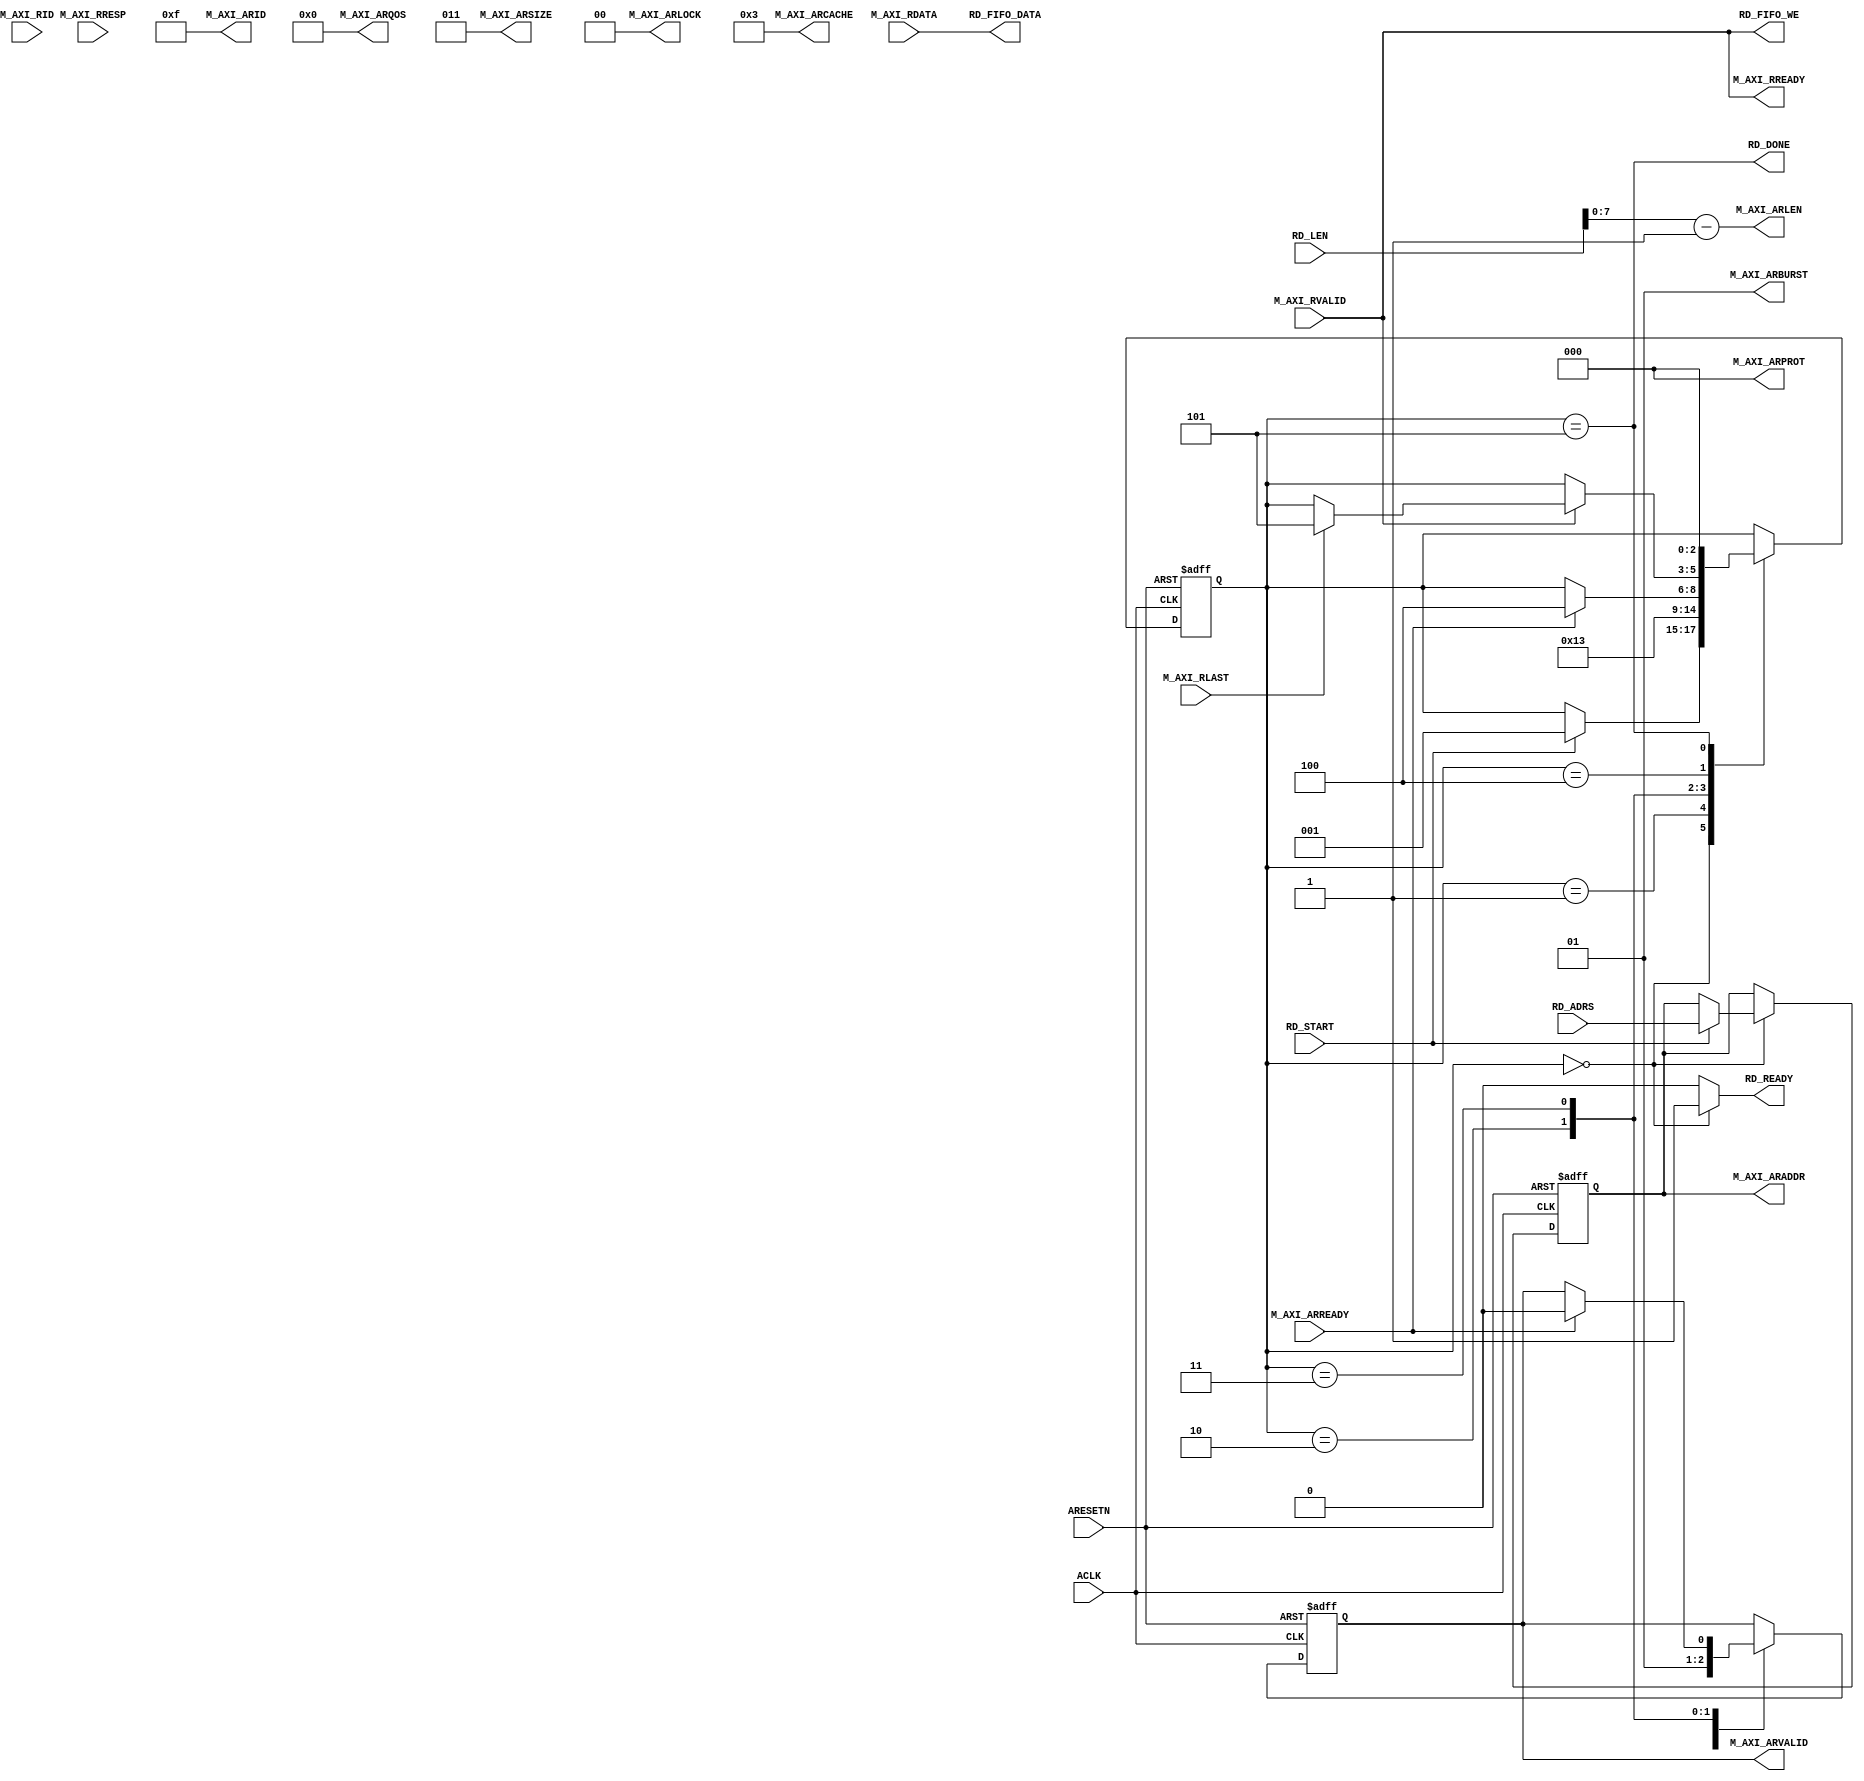
`timescale  1ns/1ns
////////////////////////////////////////////////////////////////////////
// Module Name   : axi_ddr_top
// Project Name  : 
// Target Devices: Xilinx XC6SLX16
// Tool Versions : ISE 14.7
// Description   : DDR3 AXI
//
// Revision      :V1.1
// Additional Comments:
//
// :FPGA
//     :http://www.embedfire.com
//     :http://www.firebbs.cn
//     :https://fire-stm32.taobao.com
////////////////////////////////////////////////////////////////////
module axi_master_read
(
  input           ARESETN,//axi
  input           ACLK,  //axi
//axi
  output [3:0]  M_AXI_ARID   , //ID
  output [31:0] M_AXI_ARADDR , //
  output [7:0]  M_AXI_ARLEN  , //
  output [2:0]  M_AXI_ARSIZE , //
  output [1:0]  M_AXI_ARBURST, //
  output [1:0]  M_AXI_ARLOCK , //
  output [3:0]  M_AXI_ARCACHE, //
  output [2:0]  M_AXI_ARPROT , //
  output [3:0]  M_AXI_ARQOS  , //QOS
  output        M_AXI_ARVALID, //
  input         M_AXI_ARREADY, //
    
  //axi
  input [3:0]   M_AXI_RID   , //ID tag
  input [63:0]  M_AXI_RDATA , //
  input [1:0]   M_AXI_RRESP , //
  input         M_AXI_RLAST , //
  input         M_AXI_RVALID, //
  output        M_AXI_RREADY, //
   //fifo    
  input         RD_START    , //
  input [31:0]  RD_ADRS     , //  
  input [9:0]   RD_LEN       , //
  output        RD_READY    , //
  output        RD_FIFO_WE  , //fifo
  output [63:0] RD_FIFO_DATA, //fifo
  output        RD_DONE       //
);

//********************************************************************//
//****************** Parameter and Internal Signal *******************//
//********************************************************************//

//parameter  define
localparam S_RD_IDLE  = 3'd0; //
localparam S_RA_WAIT  = 3'd1; //
localparam S_RA_START = 3'd2; //
localparam S_RD_WAIT  = 3'd3; //
localparam S_RD_PROC  = 3'd4; //
localparam S_RD_DONE  = 3'd5; //
//reg define                               
reg [2:0]   rd_state   ; //
reg [31:0]  reg_rd_adrs; //
reg [31:0]  reg_rd_len ; //
reg         reg_arvalid; //

//********************************************************************//
//***************************** Main Code ****************************//
//********************************************************************//

assign RD_DONE = (rd_state == S_RD_DONE) ;
assign M_AXI_ARID         = 4'b1111;//id
assign M_AXI_ARADDR[31:0] = reg_rd_adrs[31:0];//
assign M_AXI_ARLEN[7:0]   = RD_LEN-32'd1;//
assign M_AXI_ARSIZE[2:0]  = 3'b011;//AXI864
assign M_AXI_ARBURST[1:0] = 2'b01;//
assign M_AXI_ARLOCK       = 1'b0;
assign M_AXI_ARCACHE[3:0] = 4'b0011;
assign M_AXI_ARPROT[2:0]  = 3'b000;
assign M_AXI_ARQOS[3:0]   = 4'b0000;
assign M_AXI_ARVALID      = reg_arvalid;
assign M_AXI_RREADY       = M_AXI_RVALID;
assign RD_READY           = (rd_state == S_RD_IDLE)?1'b1:1'b0;//
assign RD_FIFO_WE         = M_AXI_RVALID;//fifo
assign RD_FIFO_DATA[63:0] = M_AXI_RDATA[63:0];//fifo 

  // 
  always @(posedge ACLK or negedge ARESETN) begin
    if(!ARESETN) begin
      rd_state          <= S_RD_IDLE;
      reg_rd_adrs[31:0] <= 32'd0;
      reg_rd_len[31:0]  <= 32'd0;
      reg_arvalid       <= 1'b0;
    end else begin
      case(rd_state)
        S_RD_IDLE: begin//
          if(RD_START) begin//
            rd_state          <= S_RA_WAIT;
            reg_rd_adrs[31:0] <= RD_ADRS[31:0];
            reg_rd_len[31:0]  <= RD_LEN[9:0] -32'd1;
          end
          reg_arvalid     <= 1'b0;
        end
        S_RA_WAIT: begin//
            rd_state          <= S_RA_START;
        end
        S_RA_START: begin//
          rd_state          <= S_RD_WAIT;
          reg_arvalid       <= 1'b1;//
        end
        S_RD_WAIT: begin //
          if(M_AXI_ARREADY) begin
            rd_state        <= S_RD_PROC;
            reg_arvalid     <= 1'b0;
          end
        end
        S_RD_PROC: begin //
          if(M_AXI_RVALID) begin //
            if(M_AXI_RLAST) begin //
                rd_state<= S_RD_DONE;
            end
          end
        end
    S_RD_DONE:begin //
      rd_state          <= S_RD_IDLE;
    end
    endcase
    end
  end
   
endmodule